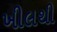
ખીલથી